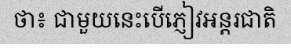
ថា៖ ជាមួយនេះបើភ្ញៀវអន្តរជាតិ